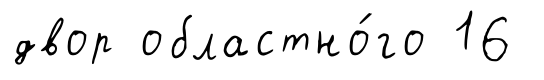
двор областно́го 16